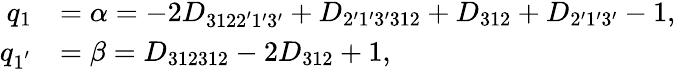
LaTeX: \begin{array}{rl}{q_{1}}&{=\alpha=-2{D_{3122^{\prime}1^{\prime}3^{\prime}}}+{D_{2^{\prime}1^{\prime}3^{\prime}312}}+{D_{312}}+{D_{2^{\prime}1^{\prime}3^{\prime}}}-1,}\\ {q_{1^{'}}}&{=\beta={D_{312312}}-2{D_{312}}+1,}\end{array}